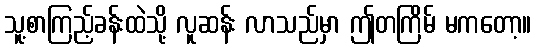
သူ့စာကြည့်ခန်းထဲသို့ လူဆန်း လာသည်မှာ ဤတကြိမ် မကတော့။